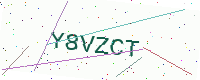
Text: Y8VZCT